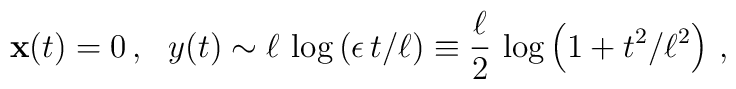
{\bf x}(t)=0\,,~~  y(t)\sim\ell\,\log\big(\epsilon\,t/\ell\big)\equiv \frac{\ell}{2}\,\log\left(1+t^2/\ell^2\right)\,,